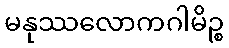
မနုဿလောကဂါမိဉ္စ